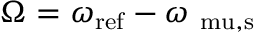
\Omega = \omega _ { \mathrm { r e f } } - \omega _ { \mathrm { \ m u , s } }